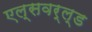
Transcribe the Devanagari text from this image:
एल्सवर्ल्ड